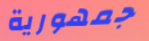
جمهورية